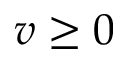
v \geq 0